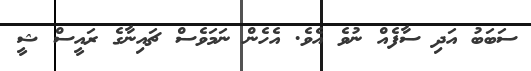
ސަބަބު އަދި ސާފެއް ނުވެ އެވެ. އެހެން ނަމަވެސް ޗައިނާގެ ރައީސް ޝީ